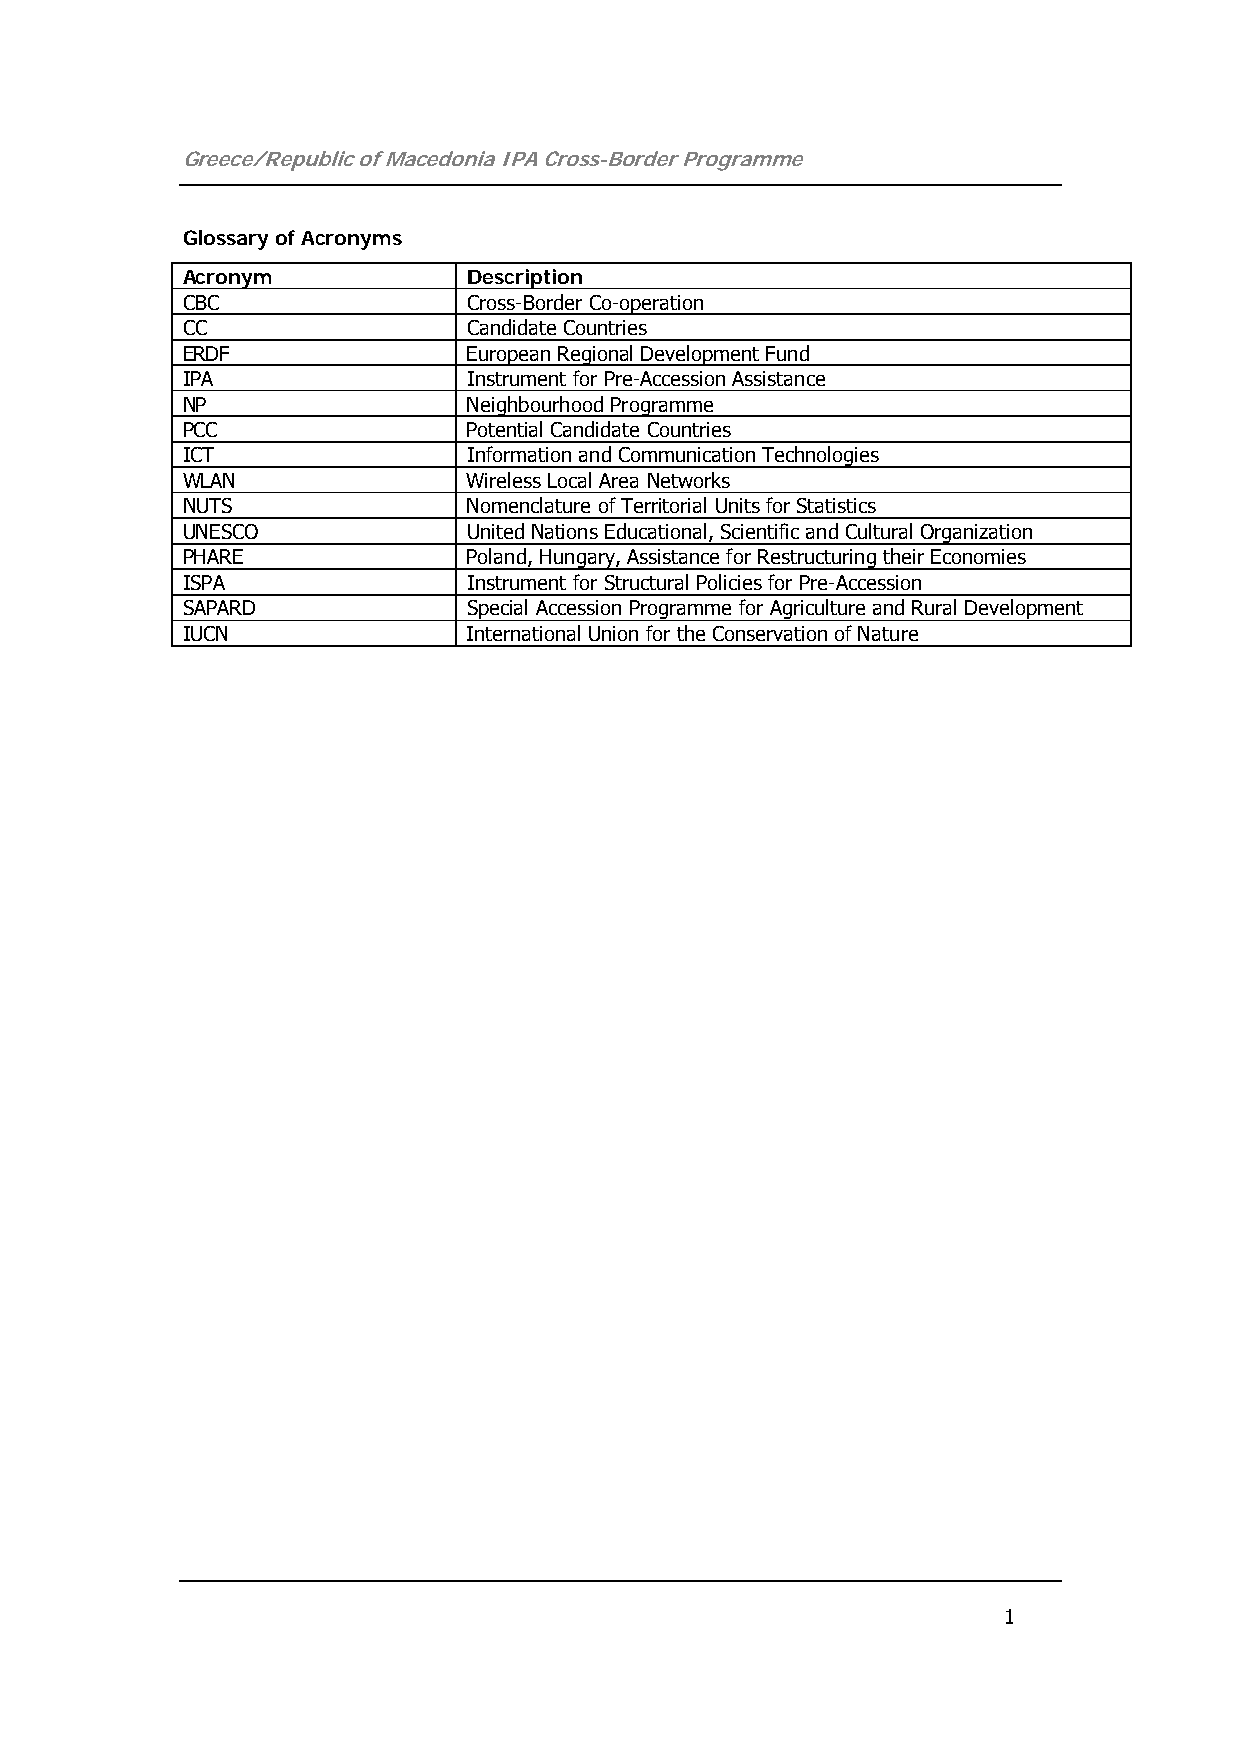
Greece/Republic of Macedonia IPA Cross-Border Programme
 Glossary of Acronyms
 Acronym            Description
 CBC                Cross-Border Co-operation
 CC                 Candidate Countries
 ERDF               European Regional Development Fund
 IPA                Instrument for Pre-Accession Assistance
 NP                 Neighbourhood Programme
 PCC                Potential Candidate Countries
 ICT                Information and Communication Technologies
 WLAN               Wireless Local Area Networks
 NUTS               Nomenclature of Territorial Units for Statistics
 UNESCO             United Nations Educational, Scientific and Cultural Organization
 PHARE              Poland, Hungary, Assistance for Restructuring their Economies
 ISPA               Instrument for Structural Policies for Pre-Accession
 SAPARD             Special Accession Programme for Agriculture and Rural Development
 IUCN               International Union for the Conservation of Nature
 1